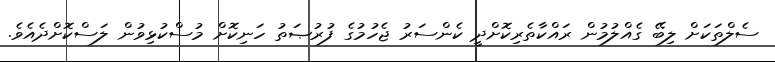
ސެލްތަކަށް ލިބޭ ގެއްލުމުން ރައްކާތެރިކޮށްދީ ކެންސަރު ޖެހުމުގެ ފުރުޞަތު ހަނިކޮށް މުސްކުޅިވުން ލަސްކޮށްދެއެވެ.